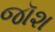
જૉશ